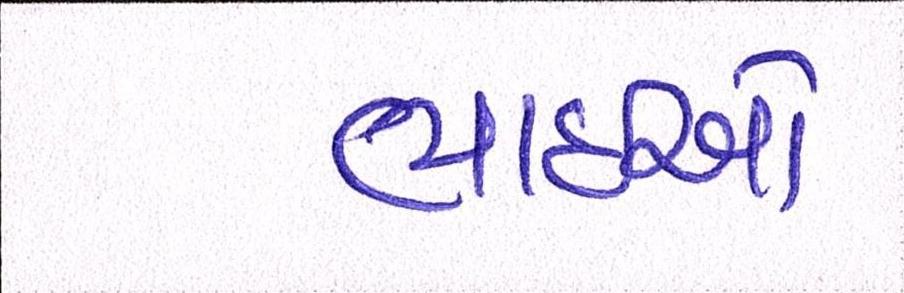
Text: ભાઈઓ